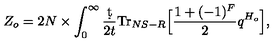
Z _ { o } = 2 N \times \int _ { 0 } ^ { \infty } \frac { \d t } { 2 t } \mathrm { T r } _ { N S - R } \Big [ \frac { 1 + ( - 1 ) ^ { F } } { 2 } q ^ { H _ { o } } \Big ] ,